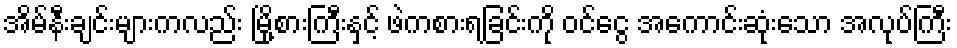
အိမ်နီးချင်းများကလည်း မြို့စားကြီးနှင့် ဖဲကစားရခြင်းကို ဝင်ငွေ အကောင်းဆုံးသော အလုပ်ကြီး